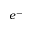
e ^ { - }